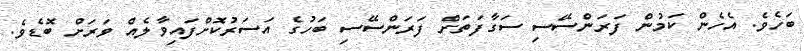
ބަހެވެ. އެހެން ކަމުން ފަރަންސޭސި ސަގާފަތަށް ފަރަންސޭސި ބަހުގެ އަސަރުކޮށްފައިވާލެއް ވަރަށް ބޮޑެވެ.